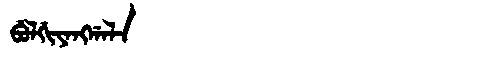
Manchu: ᠪᡠᠯᡤᡳᠶᠠᠩᡤᠠᠯᠠ
Romanization: BULGIYANGGALA